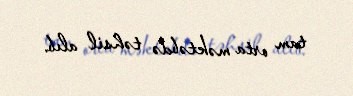
tam orta məktəbdə təhsil alıb.